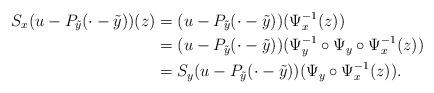
LaTeX: \begin{align*}S_x(u-P_{\tilde{y}}(\cdot-\tilde{y}))(z) &= (u-P_{\tilde{y}}(\cdot-\tilde{y}))(\Psi_x^{-1}(z)) \\&= (u-P_{\tilde{y}}(\cdot-\tilde{y}))(\Psi_y^{-1} \circ \Psi_y\circ \Psi_x^{-1}(z)) \\&= S_y(u-P_{\tilde{y}}(\cdot-\tilde{y})) (\Psi_y\circ \Psi_x^{-1}(z)).\end{align*}